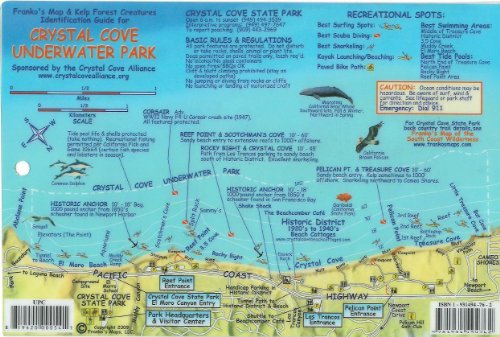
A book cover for Crystal Cove Underwater Park Newport Beach California Map & Kelp Forest Creatures Guide Franko Maps Laminated Fish Card; Franko Maps Ltd.; Travel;